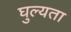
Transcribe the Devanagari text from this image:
घुल्यता